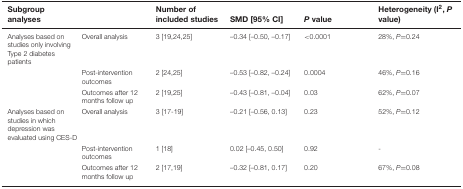
| Subgroup analyses |  | Number of included studies | SMD [95% CI] | P value | Heterogeneity (I2, P value) |
 | --- | --- | --- | --- | --- | --- |
 | Analyses based on studies only involving Type 2 diabetes patients | Overall analysis | 3 [19,24,25] | –0.34 [–0.50, –0.17] | <0.0001 | 28%, P=0.24 |
 |  | Post-intervention outcomes | 2 [24,25] | –0.53 [–0.82, –0.24] | 0.0004 | 46%, P=0.16 |
 |  | Outcomes after 12 months follow up | 2 [19,25] | –0.43 [–0.81, –0.04] | 0.03 | 62%, P=0.07 |
 | Analyses based on studies in which depression was evaluated using CES-D | Overall analysis | 3 [17–19] | –0.21 [–0.56, 0.13] | 0.23 | 52%, P=0.12 |
 |  | Post-intervention outcomes | 1 [18] | 0.02 [–0.45, 0.50] | 0.92 | - |
 |  | Outcomes after 12 months follow up | 2 [17,19] | –0.32 [–0.81, 0.17] | 0.20 | 67%, P=0.08 |